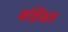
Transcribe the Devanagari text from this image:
बर्हिवत